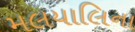
મલયાલિના